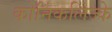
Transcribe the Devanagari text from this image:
कोनिंकलिज्के